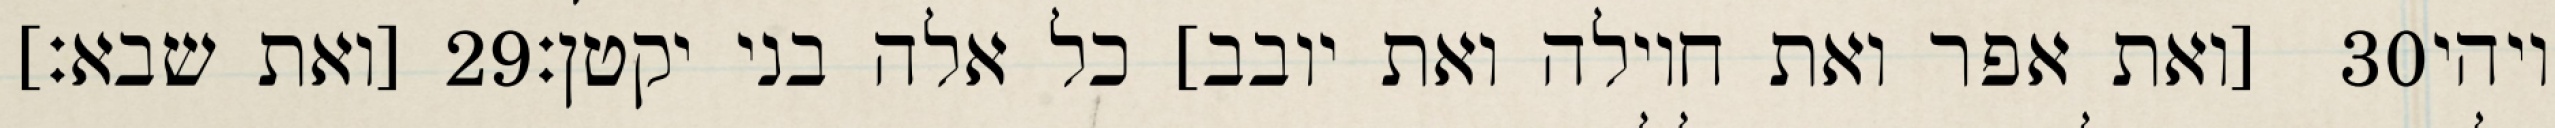
[ואת שבא׃] ‎29‏ [ואת אפר ואת חוילה ואת יובב] כל אלה בני יקטן׃ ‎30‏ ויהי